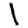
Digit: 1